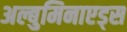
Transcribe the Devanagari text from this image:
अल्बुमिनाएड्स